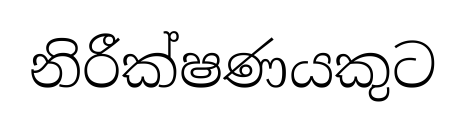
නිරීක්ෂණයකුට